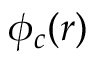
\phi _ { c } ( r )